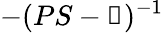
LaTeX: -(PS-\mathbb{1})^{-1}